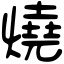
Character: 燒